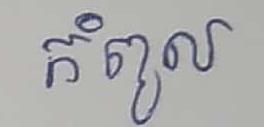
កំពូល